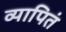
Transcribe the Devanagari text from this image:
व्यापितं